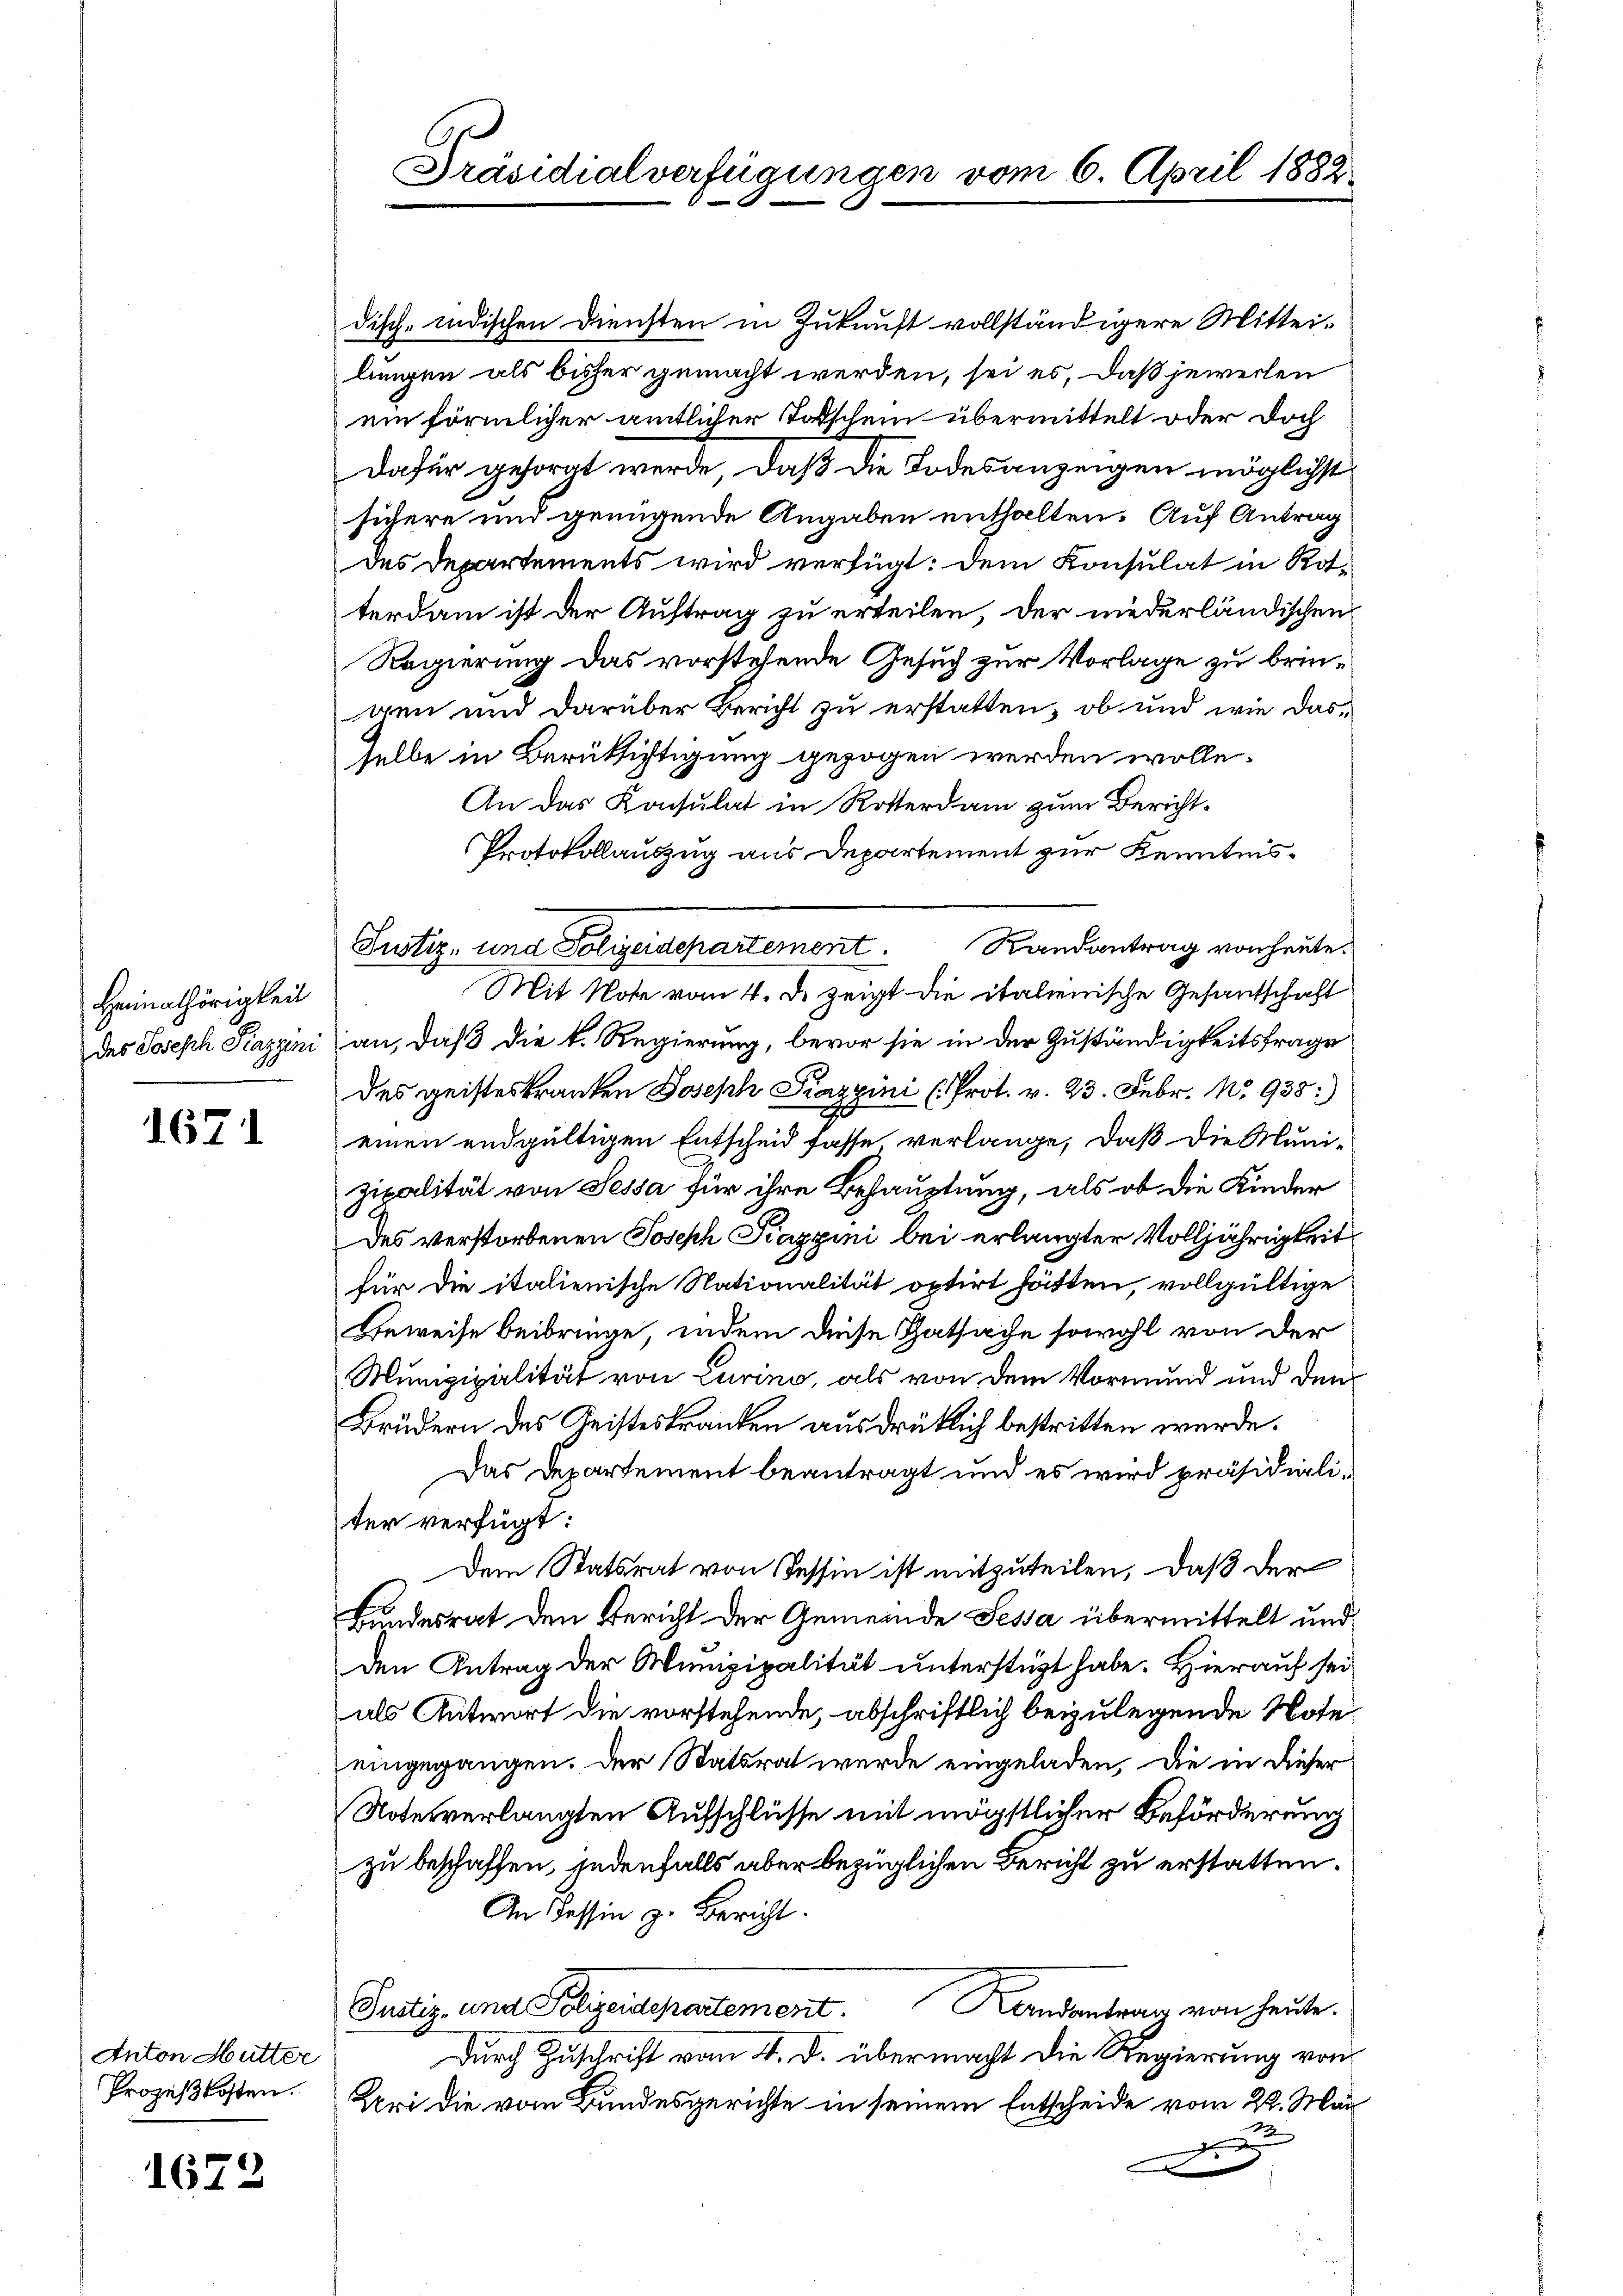
Heimathörigkeit

1671

Anton Mutter
Prozeßkosten.

1672

Präsidialverfügungen vom 6. April 1882

disch-indischen Diensten in Zukunft vollständigere Mitteilungen als bisher gemacht werden, sei es, daß jeweilen
ein förmlicher amtlicher Todschein übermittelt oder doch
Dafür gesorgt werde, daß die Todesanzeigen möglichst
sichere und genügende Angaben enthalten. Auf Antrag
des Departements wird verfügt: dem Konsulat in Rotterdam ist der Auftrag zu erteilen, der niederländischen
Regierung das vorstehende Gesuch zur Vorlage zu bringen und darüber Bericht zu erstatten, ob und wie dasselbe in Berüttistigung gezogen werden wolle.
An das Konsulat in Rotterdam zum Bericht.
Protokollauszug aus Departement zur Kenntnis¬
Justiz- und Polizeidepartement. Randantrag von heute.
Mit Note vom 4. d. zeigt die italienische Gesantschaft
des Joseph Piazgini an, daß die k. Regierung, bevor sie in der Zuständigkeitsfrage
des geisteskranken Joseph Piazzini (Prot. v. 23. Febr. No. 935:)
einen endgültigen Entscheid fasse verlange, daß die Muni-
zipalität von Sessa für ihre Behauptung, als ob die Kinder
des verstorbenen Joseph Piazpini bei erlangter Volljährigkeit
für die italienische Nationalität optirt hätten, vollgültige
Beweise beibringe, indem diese Thatsache sowohl von der
Munizipalität von Curino, als von dem Vormund und den¬
Brüdern des Geisteskranken ausdrüklich bestritten werde.
Das Departement beantragt und es wird präsidialiter verfügt:
Dem Statsrat von Tessin ist mitzuteilen, daß der
Bundesrat den Bericht der Gemeinde Sessa übermittelt und
den Antrag der Munizipalität unterstüzt habe. Hierauf sei
als Antwort die vorstehende, abschriftlich beizulegende Note
eingegangen. Der Statsrat werde eingeladen, die in dieser
Note verlangten Aufschlüsse mit mögstlicher Beförderung
zu beschaffen, jedenfalls aber bezüglichen Bericht zu erstatten.
An Tessin z. Bericht.
Justiz und Polizeidepartement. Kandantrag von heute.
Durch Zuschrift vom 4. d. übermacht die Regierung von
Uri die vom Bundesgerichte in seinem Entscheide vom 22. Mai
12
g
x